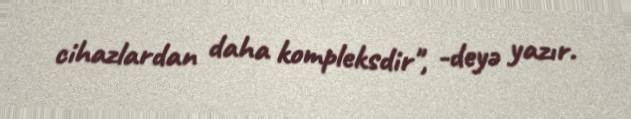
cihazlardan daha kompleksdir", -deyə yazır.